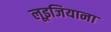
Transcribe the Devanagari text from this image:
लूइजियाना